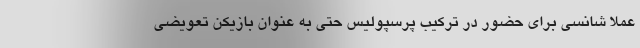
عملا شانسی برای حضور در ترکیب پرسپولیس حتی به عنوان بازیکن تعویضی